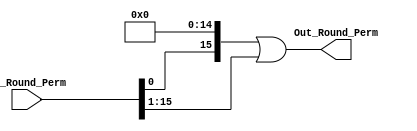
`timescale 1ns / 1ps


module Round_Perm
#(parameter DATA_LEN = 16 , parameter SHIFT_AMOUNT = 15)
(
input  [DATA_LEN-1:0]   In_Round_Perm ,
output [DATA_LEN-1:0]   Out_Round_Perm
    );
 
    
 assign Out_Round_Perm = (In_Round_Perm << SHIFT_AMOUNT) | (In_Round_Perm >> DATA_LEN - SHIFT_AMOUNT);
 
endmodule